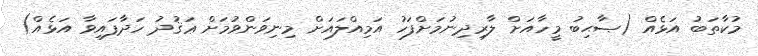
މުކާތަބު އަޅެއް (ޞާޙިބު މީހާއަށް ލާރިދިނުމަށްފަހު އަމިއްލައަށް މިނިވަންވުމަށް ޢަޤުދު ހަދާފައިވާ އަޅެއް)